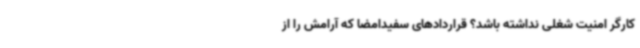
کارگر امنیت شغلی نداشته باشد؟ قراردادهای سفیدامضا که آرامش را از